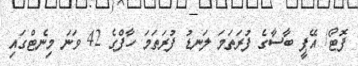
ފޮޓޯ/ އޭޕީ ބާސާގެ ފުރަތަމަ ލަނޑު ފުރަތަމަ ހާފްގެ 42 ވަނަ މިނެޓްގައި